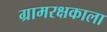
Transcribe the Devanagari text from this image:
ग्रामरक्षकाला